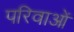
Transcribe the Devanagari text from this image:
परिवाओं